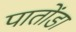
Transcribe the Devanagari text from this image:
पातोंडा